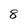
Character: 8